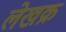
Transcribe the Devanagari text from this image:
लेखक्र